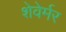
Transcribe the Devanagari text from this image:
शेवेर्मर